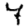
Digit: 7